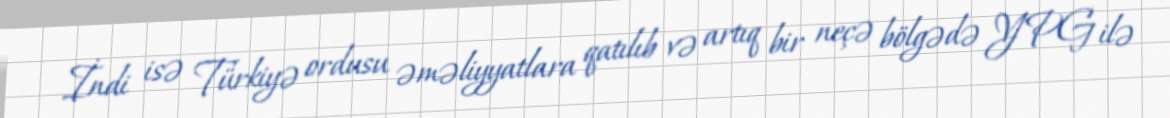
İndi isə Türkiyə ordusu əməliyyatlara qatılıb və artıq bir neçə bölgədə YPG ilə